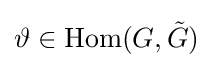
\vartheta \in \mathrm {Hom} (G,{\tilde {G}})